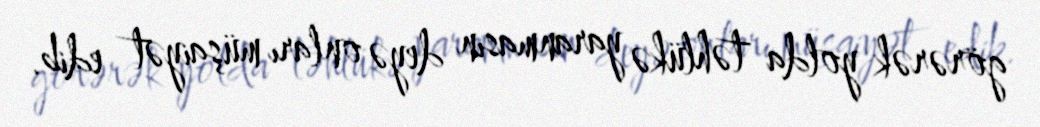
görərək yolda təhlükə yaranmasın deyə onları müşaiyət edib.